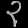
Digit: ၃